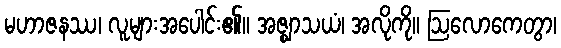
မဟာဇနဿ၊ လူများအပေါင်း၏။ အဇ္ဈာသယံ၊ အလိုကို။ ဩလောကေတွာ၊